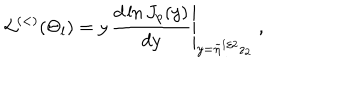
{ \mathcal L } ^ { ( < ) } ( \Theta _ { l } ) = \left. y \, \frac { d \ln J _ { p } ( y ) } { d y } \right| _ { y = \widetilde { \eta } ^ { 1 / 2 } z _ { 2 } } \; ,